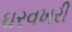
ઘરવખરી